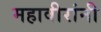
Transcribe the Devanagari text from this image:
महावीरांनी